Supplement to the account of plague administration in the Bombay Presidency from September 1896 till May 1897
Year: 1896
Disease focus: Plague
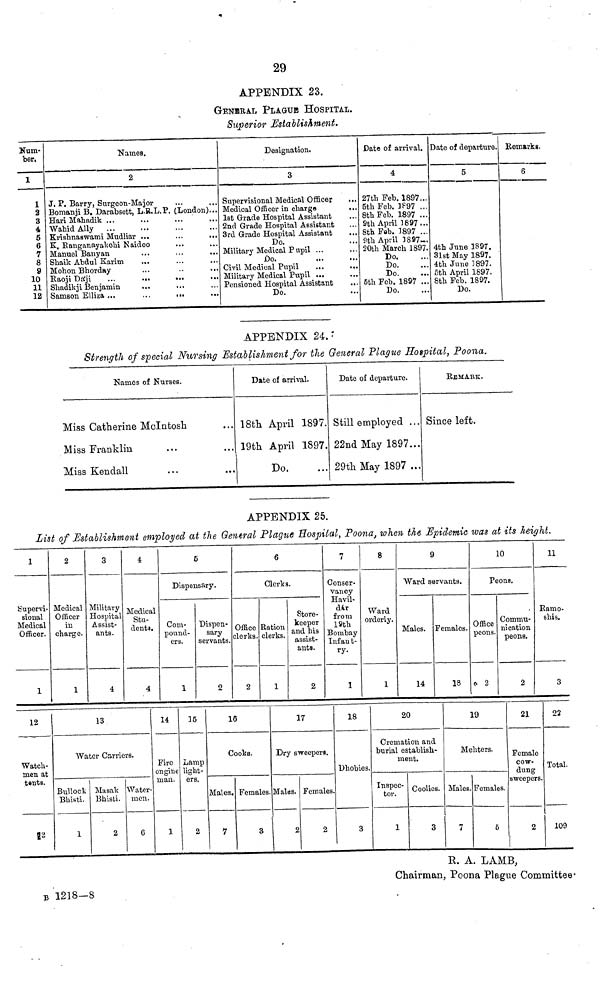
Hum-
ber,
1
1
2
3
4
5
6
7
8
9
10
11
12
29
APPENDIX 23.
GENBBA.L PLAQUE HOSPITAL.
Superior Establishment,
Names,
2
J. P. Barry, Surgeon-Major
Bomanji B. Darabsett, L.R.L.P. (London)...
HariMahadik ...
Wahid Ally
Krishnaswami Mudliar ...
K. Banganayakehi Naidoo
Manuel Banyan
Shaik Abdul Earim
Mohon Bhorday
Raoji Daji
...
...
Shadikji Benjamin
...
Samson Elliza...
...
Designation.
3
Supervisional Medical Officer
Medical Officer in charge
1st Grade Hospital Assistant
2nd Grade Hospital Assistant
3rd Grade Hospital Assistant
Do.
Military Medical Pupil ...
Do.
...
Civil Medical Pupil
Military Medical Pupil ...
Pensioned Hospital Assistant
Do.
Date of arrival.
4
27th Feb. 1897...
5th Feb. 1897 ...
8th Feb. 1897 ...
9th April 3897...
8th Fab. 1897 ...
9th April 3897-.
20th March 1897.
Do.
Do.
Do.
5th Feb. 1897 ...
Do.
Date of departure.
5
4th June 1897.
31st May 1897.
4th June 1897.
5th April 1897.
8th Feb. 1897.
Do.
Remarks.
6
APPENDIX 24.
Strength of special Nursing Establishment for the General Plague Hotpital, Poona.
Names of Nurses.
Miss Catherine Mclntosh
Miss Franklin
Miss Kendall
...
Date of arrival.
18th April 1897.
19th April 1897.
Do.
Date of departure.
Still employed ...
22nd May 1897...
29th May 1897 ...
BBMARK.
Since left.
12
13
Watch-
men at
tents.
Water Carriers.
Bullock
Bhisti.
1
Masak
Bhisti.
2
B 1218—8
Water-
men.
6
14
15
Fire
engine
man.
1
Lamp
light-
ers.
2
16
17
18
2
Cooks.
Males.
7
Females.
3
Dry sweepers.
Males.
2
Females.
2
Dhobies.
3
0
19
Cremation and
burial establish-
ment.
Inspec-
tor.
1
Coolies.
3
Mehters.
Males. Females.
7
5
21
Female
cow-
dung
sweepers.
2
22
Total.
109
R. A. LAMB,
Chairman, Poona Plague Committee*
APPENDIX 25.
List of Establishment employed at the General Plague Hospital, Poona, when the Epidemic was at its height.
1
Supervi-
sional
Medical
Officer.
1
2
Medical
Officer
in
charge.
1
3
Military
Hospital
Assist-
ants.
4
4
Medical
Stu-
dents.
4
5
Dispensary.
Com-
pound-
ers.
1
Dispen-
sary
servants.
2
6
Clerks.
Office
clerks.
2
Ration
clerks.
1
Store-
keeper
and his
assist-
ants.
2
7
Conser-
vancy
Havil-
dar
from
19th
Bombay
Infant-
ry.
1
8
Ward
orderly.
1
99
Ward servants.
Males.
14
Females.
18
10
Feons.
Office
peons.
6 2
Commu-
nication
peons.
2
11
Bamo-
shis.
3